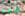
ضخم